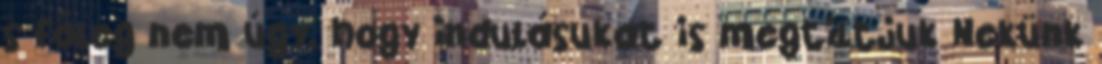
s főleg nem úgy, hogy indulásukat is megtiltjuk Nekünk